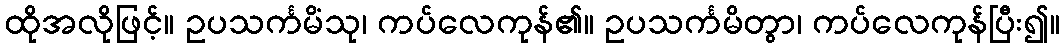
ထိုအလိုဖြင့်။ ဥပသင်္ကမိံသု၊ ကပ်လေကုန်၏။ ဥပသင်္ကမိတွာ၊ ကပ်လေကုန်ပြီး၍။